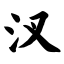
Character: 汊